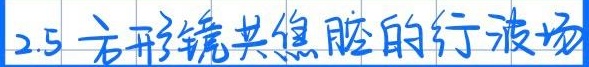
2.5 方形镜共焦腔的行波场